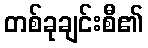
တစ်ခုချင်းစီ၏